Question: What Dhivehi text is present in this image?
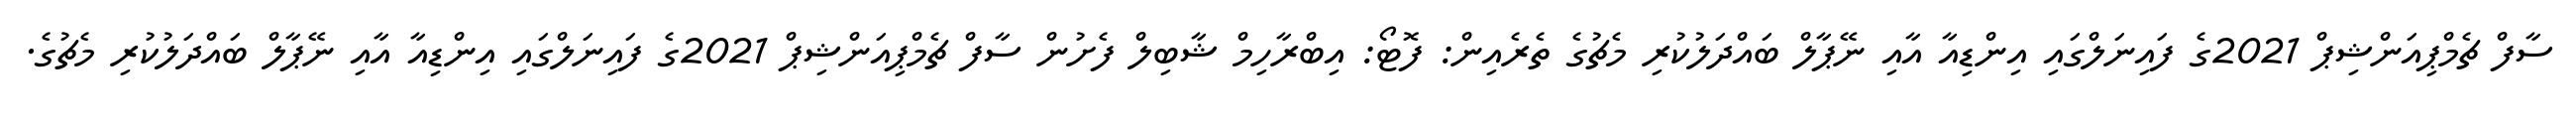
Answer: ސާފް ޗެމްޕިއަންޝިޕް 2021ގެ ފައިނަލްގައި އިންޑިއާ އާއި ނޭޕާލް ބައްދަލުކުރި މެޗުގެ ތެރެއިން: ފޮޓޯ: އިބްރާހިމް ޝާބިލް ފެށުން ސާފް ޗެމްޕިއަންޝިޕް 2021ގެ ފައިނަލްގައި އިންޑިއާ އާއި ނޭޕާލް ބައްދަލުކުރި މެޗުގެ.